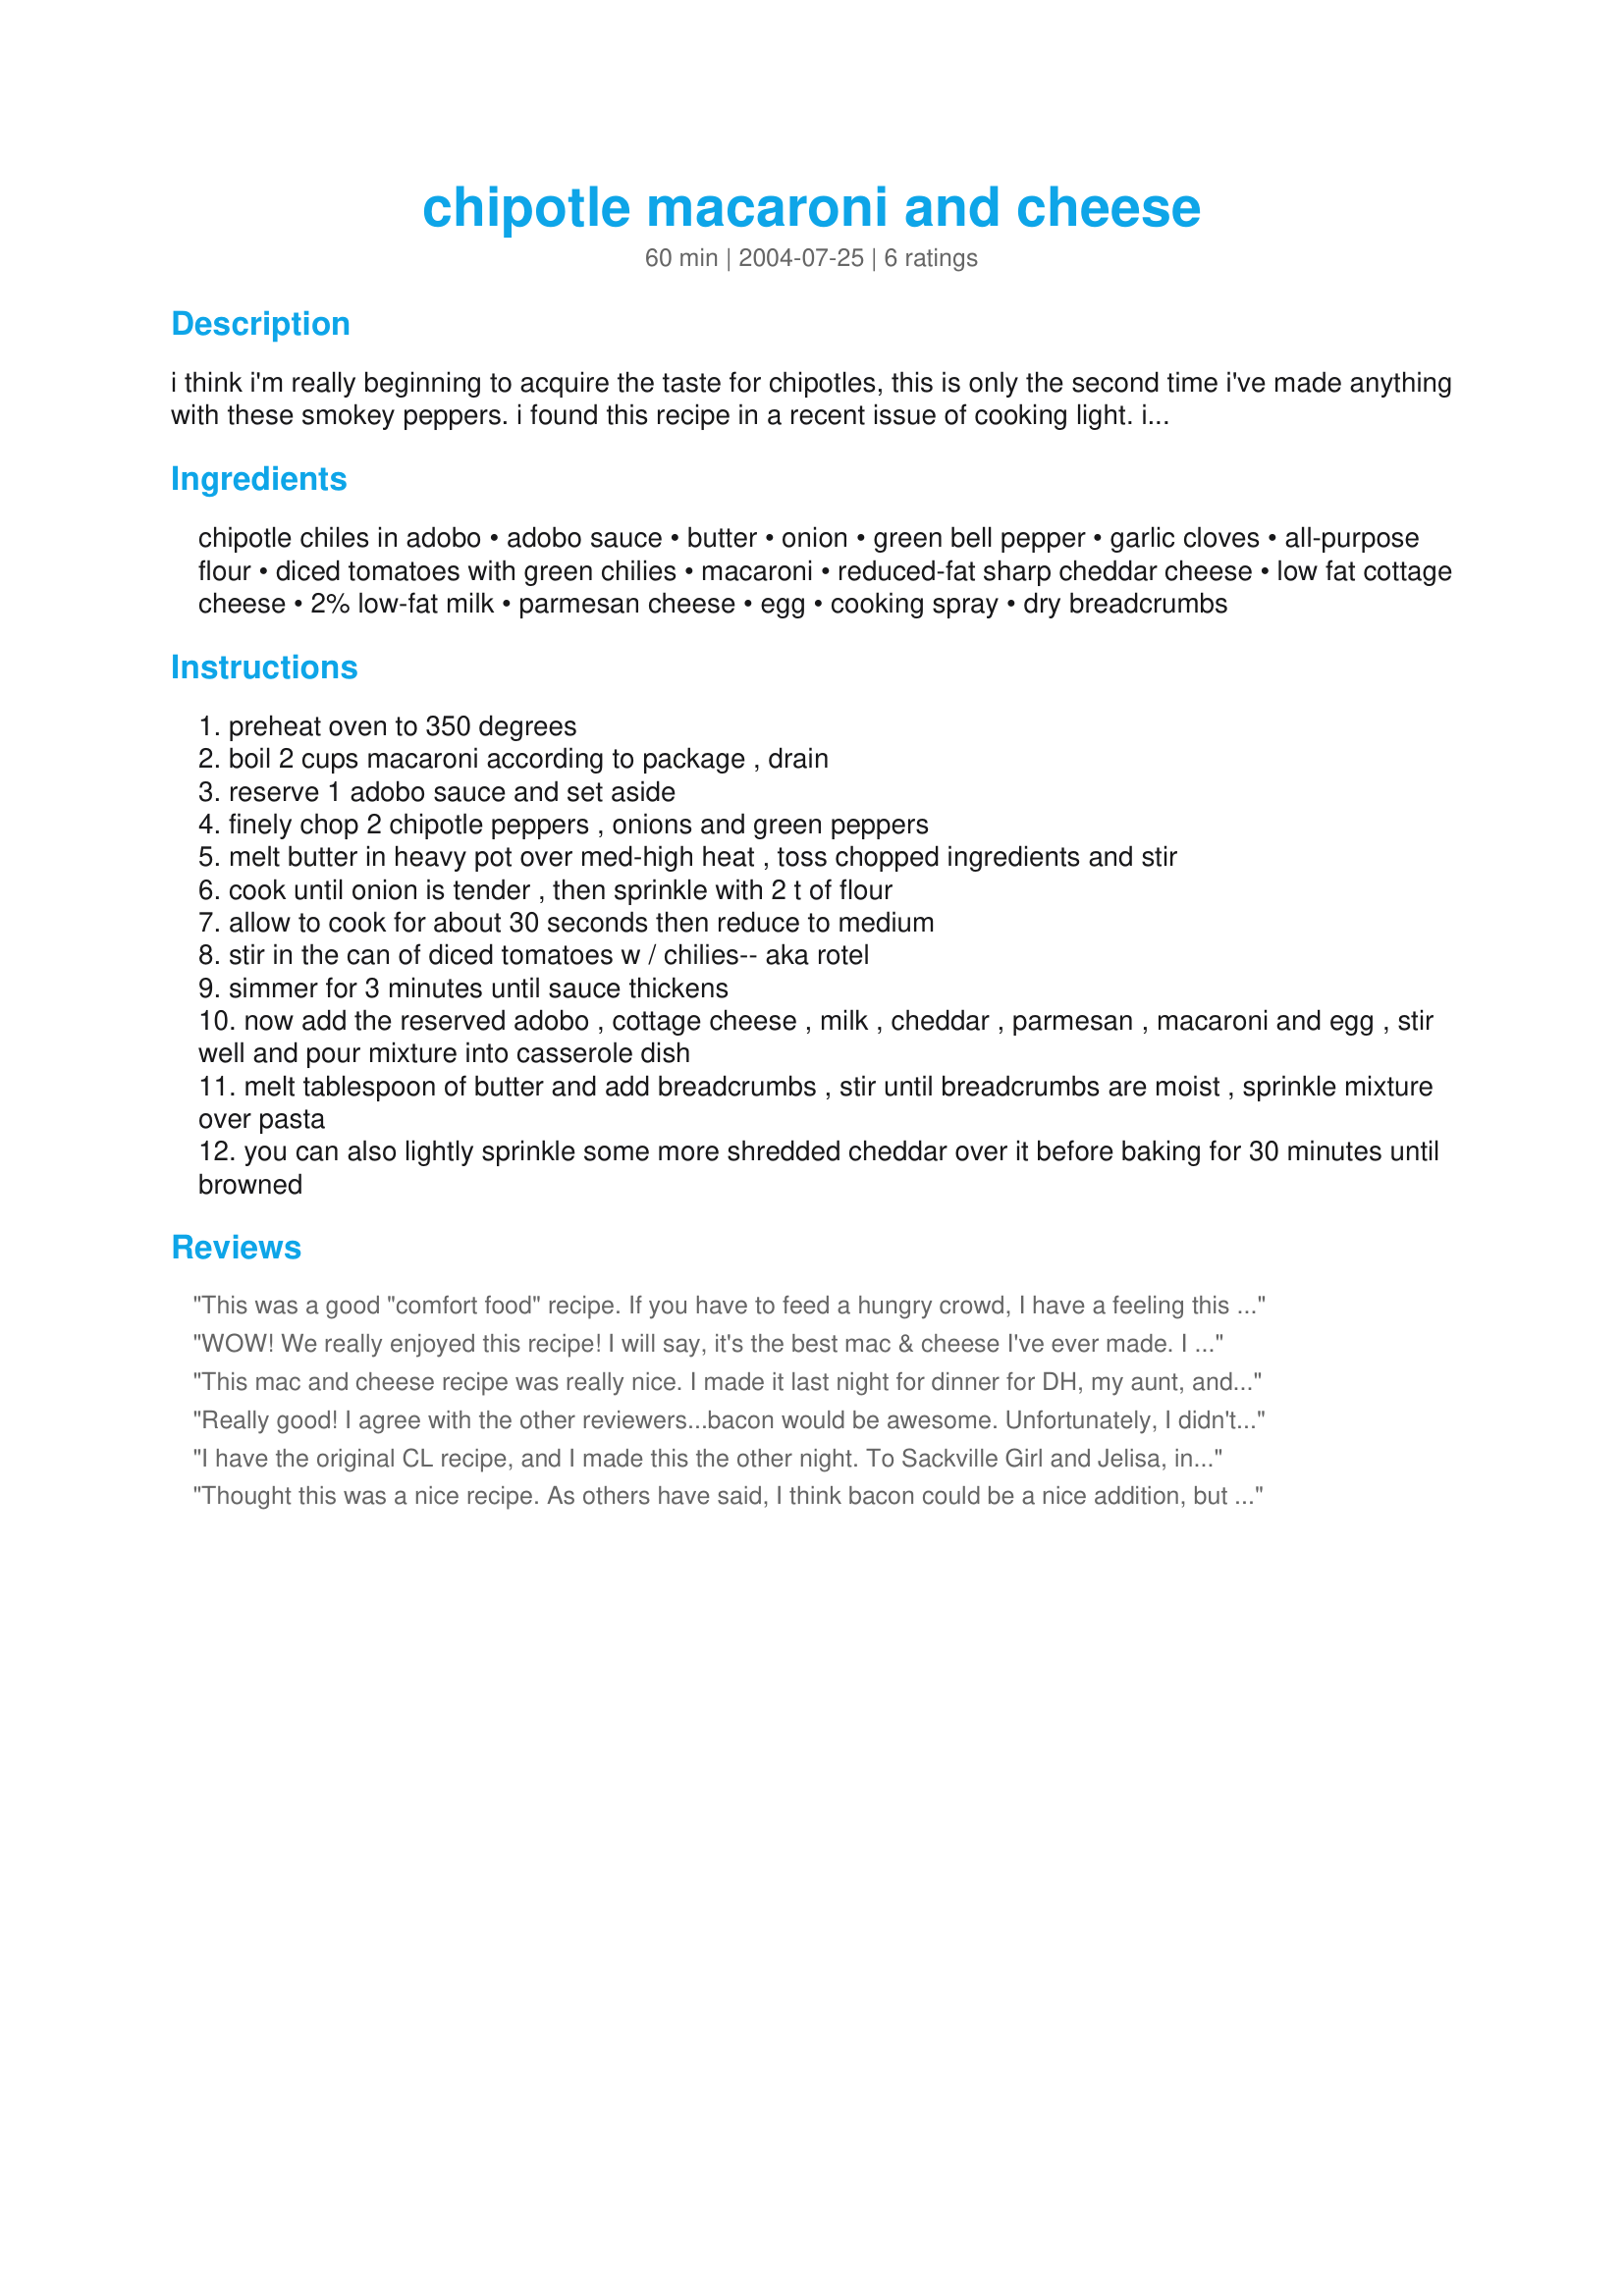
chipotle macaroni and cheese
Preparation time: 60 minutes

i think i'm really beginning to acquire the taste for chipotles, this is only the second time i've made anything with these smokey peppers. i found this recipe in a recent issue of cooking light. it only uses 2 peppers so if you want to save the rest for future use, just lay on waxed paper and freeze, once frozen, wrap each pepper and store in freezer bag.

Ingredients:
chipotle chiles in adobo, adobo sauce, butter, onion, green bell pepper, garlic cloves, all-purpose flour, diced tomatoes with green chilies, macaroni, reduced-fat sharp cheddar cheese, low fat cottage cheese, 2% low-fat milk, parmesan cheese, egg, cooking spray, dry breadcrumbs

Steps:
preheat oven to 350 degrees
boil 2 cups macaroni according to package , drain
reserve 1 adobo sauce and set aside
finely chop 2 chipotle peppers , onions and green peppers
melt butter in heavy pot over med-high heat , toss chopped ingredients and stir
cook until onion is tender , then sprinkle with 2 t of flour
allow to cook for about 30 seconds then reduce to medium
stir in the can of diced tomatoes w / chilies-- aka rotel
simmer for 3 minutes until sauce thickens
now add the reserved adobo , cottage cheese , milk , cheddar , parmesan , macaroni and egg , stir well and pour mixture into casserole dish
melt tablespoon of butter and add breadcrumbs , stir until breadcrumbs are moist , sprinkle mixture over pasta
you can also lightly sprinkle some more shredded cheddar over it before baking for 30 minutes until browned

Reviews:
This was a good "comfort food" recipe. If you have to feed a hungry crowd, I have a feeling this recipe would go down well. I just had a couple concerns with the recipe. It says to cook the onions for 30 minutes but there's no way I could have cooked mine for that long without burning so I added the tomatoes much more quickly. I also found there wasn't quite enough pasta for sauce and next time I'd add at least another 1/2 cup uncooked macaroni.
WOW! We really enjoyed this recipe!
I will say, it's the best mac & cheese I've ever made.
I did add little extra adobo. Perfect for us.
Next time, I think I might stir in bacon. Diced ham would be a good mixed in also.
This is a keeper for sure. Thanks! :)
This mac and cheese recipe was really nice. I made it last night for dinner for DH, my aunt, and myself. My aunt loved it, DH and I liked it. It was easy to prepare and had a nice spicy flavor. Like Linaj, I might add a little extra adobo sauce next time. I also agree that stirring in some bacon might give it the little extra bit of flavor that it needed. This was a good recipe for a chilly night. Thanks, Jelisa!
Really good! I agree with the other reviewers...bacon would be awesome. Unfortunately, I didn't have any "real" bacon, so I added some bacon bits and diced ham, which worked fine (but not as good as the real deal, of course). I also decided to seed one of the chipotles and I'm SOOOO glad I did! It was still very spicy. Don't get me wrong...this girl can handle some spice (AZ native)...but I think this particular dish would be better with less of it. Next time, I'll seed both chipotles, so I still get the nice smokey flavor. I like that this is creamy comfort food, incorporates ingredients I always keep on hand, and includes some veggies. I'll definitely make this again.
I have the original CL recipe, and I made this the other night. To Sackville Girl and Jelisa, in step 7, you are supposed to cook the onion and flour for 30 SECONDS, not minutes. I seeded the chipotle, so it was not too spicy. Oh, by the way, I forgot to add the egg and it turned out fine. My husband and company said it was a keeper.
Thought this was a nice recipe. As others have said, I think bacon could be a nice addition, but wasn't really necessary. If you don't like spicy, you could easily cut down on the chipotle and it would still be very good. Thanks!
